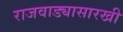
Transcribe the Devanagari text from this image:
राजवाड्यासारखी